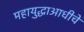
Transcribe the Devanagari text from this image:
महायुद्धाआधीचे